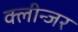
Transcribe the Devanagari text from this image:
क्लीन्जर